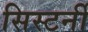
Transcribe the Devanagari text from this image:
सिस्टर्नी